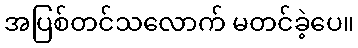
အပြစ်တင်သလောက် မတင်ခဲ့ပေ။